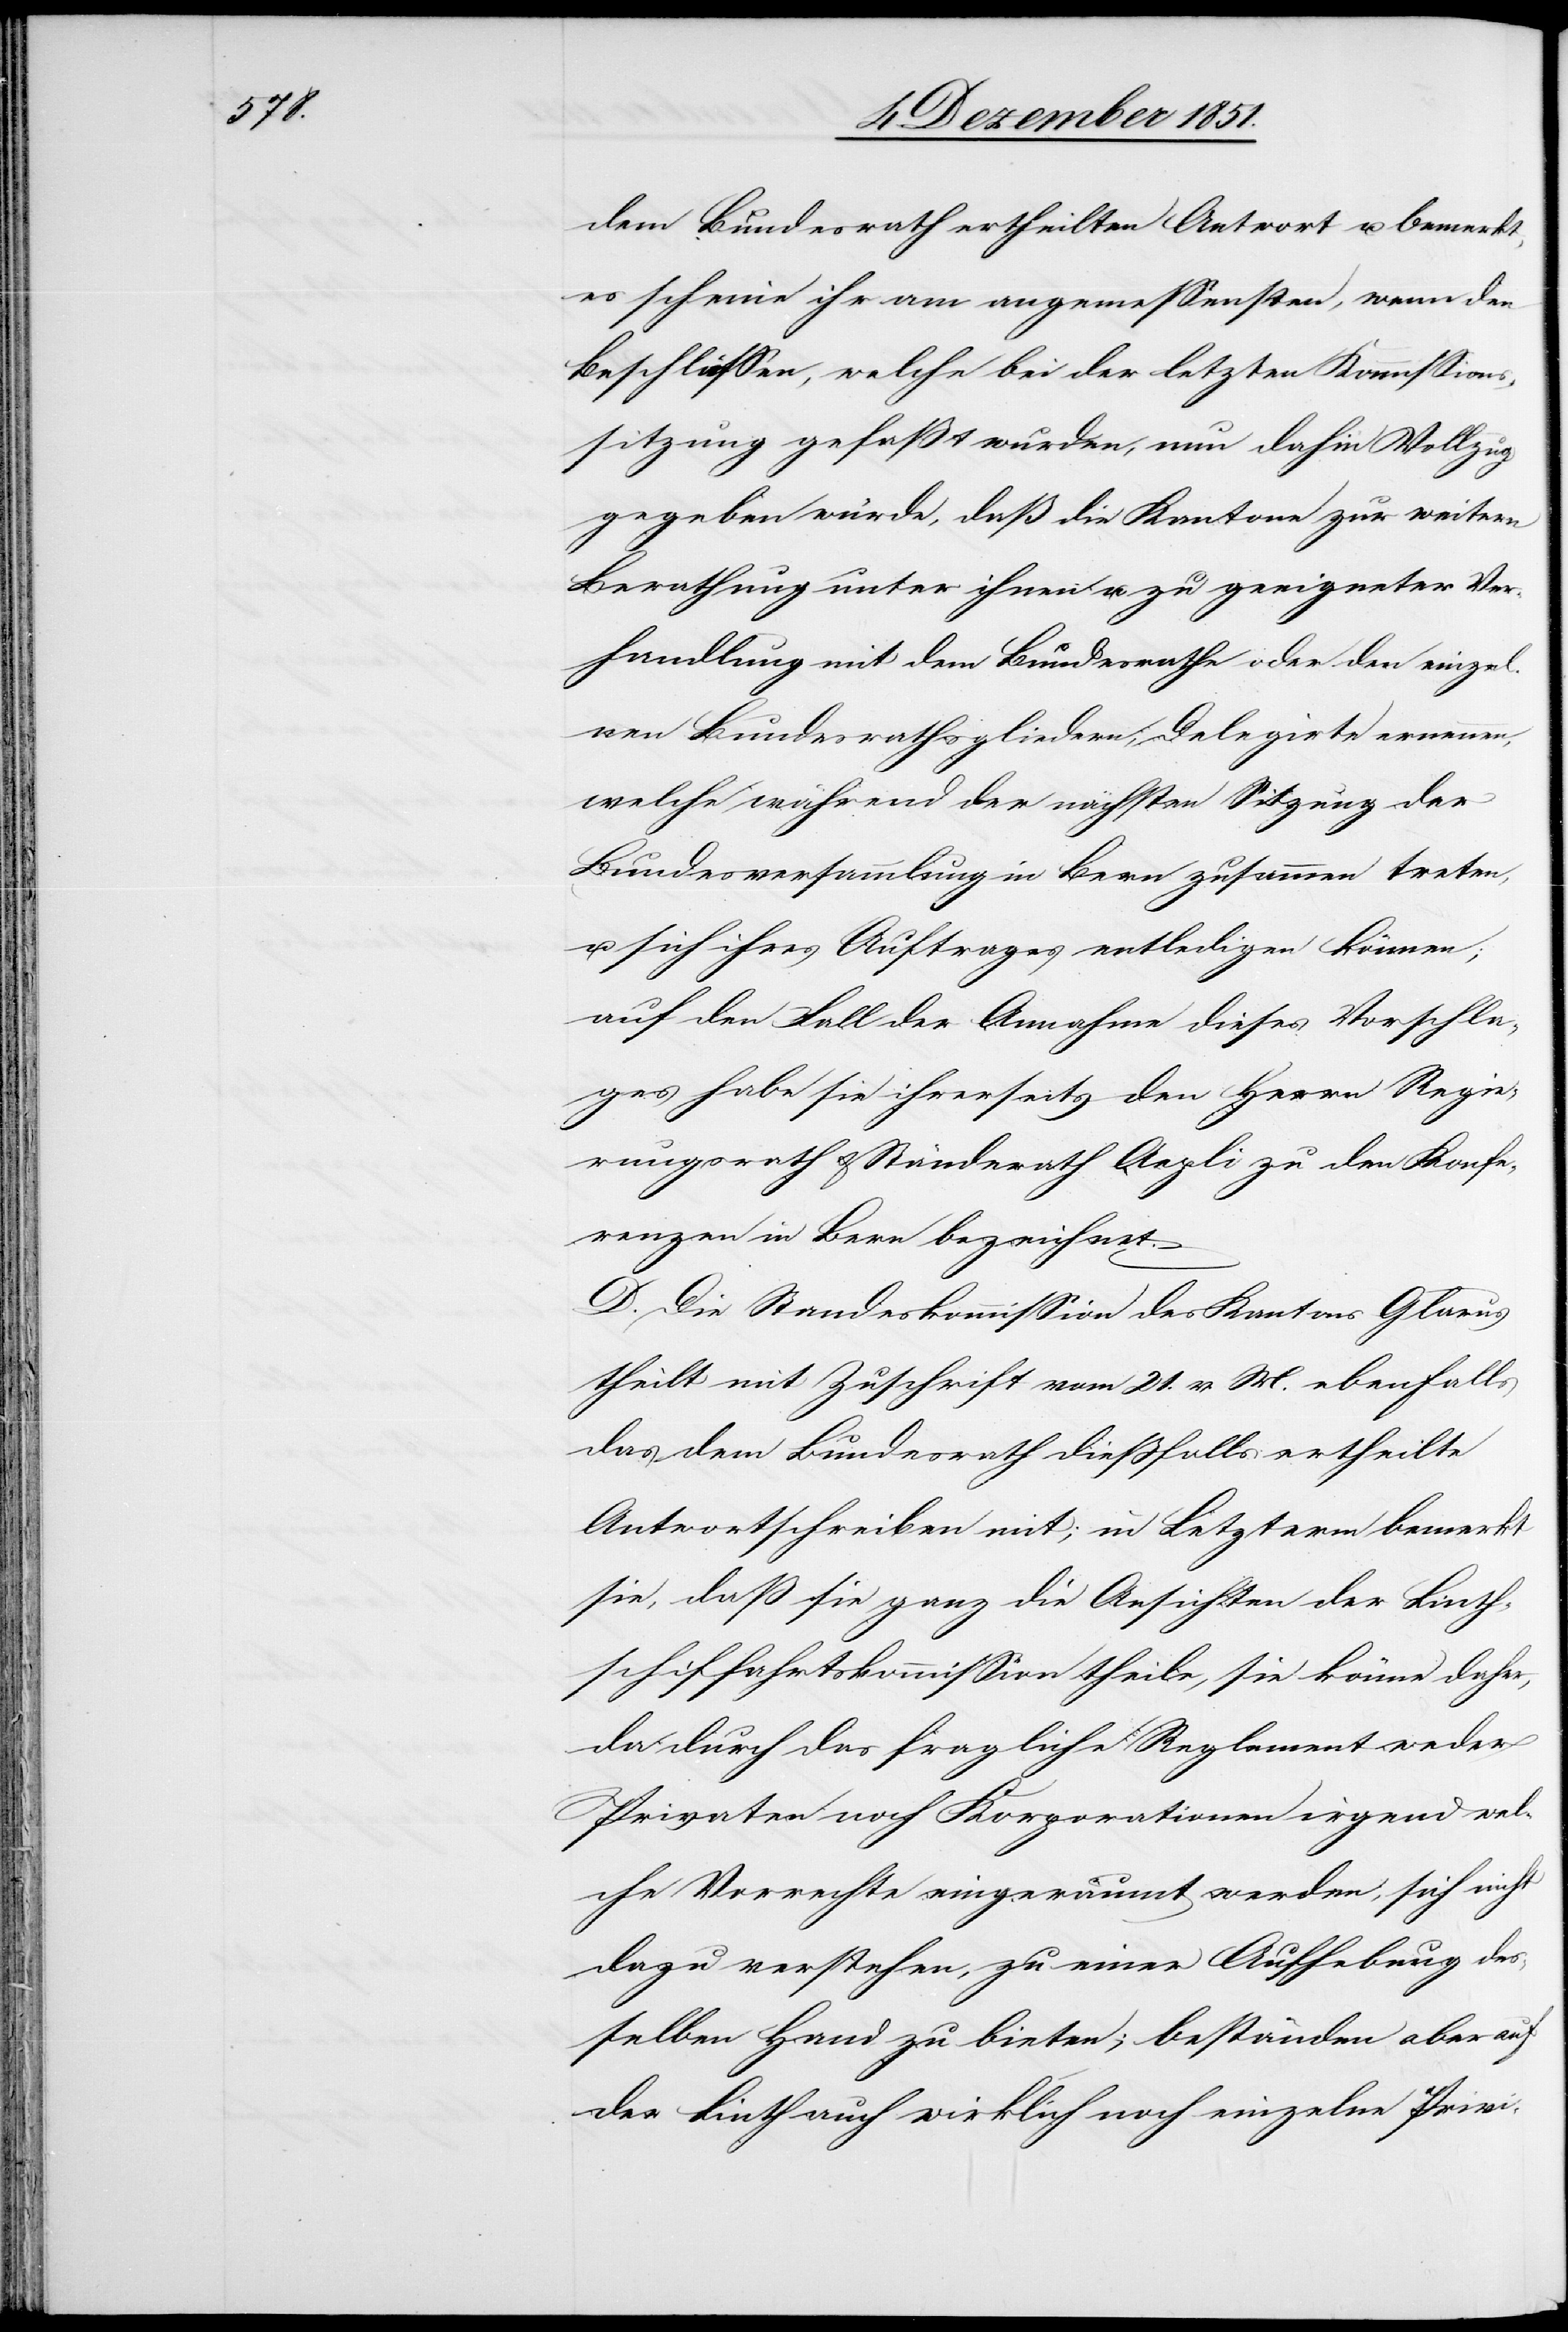
dem Bundesrath ertheilten Antwort u. bemerkt,
es scheine ihr am angemessensten, wenn den
Beschlüssen, welche bei der letzten Kommissions¬
sitzung gefaßt wurden, nun dahin Vollzug
gegeben würde, daß die Kantone zur weitern
Berathung unter ihnen u. zu geeigneter Ver¬
handlung mit dem Bundesrathe oder den einzel¬
nen Bundesrathsgliedern, Delegirte ernennen,
welche während der nächsten Sitzung der
Bundesversammlung in Bern zusammen treten,
u. sich ihres Auftrages entledigen können;
auf den Fall der Annahme dieses Vorschla¬
ges habe sie ihrerseits den Herrn Regie¬
rungsrath & Ständerath Aepli zu den Konfe¬
renzen in Bern bezeichnet.
D. Die Standeskommission des Kantons Glarus
theilt mit Zuschrift vom 21. v. M. ebenfalls
das dem Bundesrath dießfalls ertheilte
Antwortschreiben mit; in Letzterm bemerkt
sie, daß sie ganz die Ansichten der Linth¬
schiffahrtskommission theile, sie könne daher,
da durch das fragliche Reglement weder
Privaten noch Korporationen irgend wel¬
che Vorrechte eingeräumt werden, sich nicht
dazu verstehen, zu einer Aufhebung des
selben Hand zu bieten; beständen aber auf
der Linth auch wirklich noch einzelne Privi-